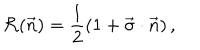
LaTeX: { \cal R } ( \vec { n } ) = { \frac { 1 } { 2 } } ( 1 + \vec { \sigma } \cdot \vec { n } ) \, ,